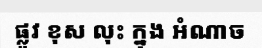
ផ្លូវ ខុស លុះ ក្នុង អំណាច